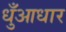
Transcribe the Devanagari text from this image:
धुँआधार